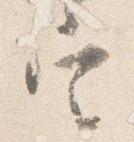
定